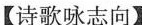
【诗歌咏志向】